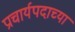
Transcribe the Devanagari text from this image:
प्राचार्यपदाच्या